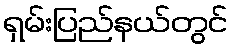
ရှမ်းပြည်နယ်တွင်